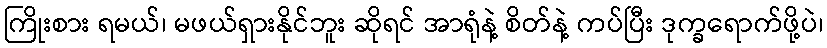
ကြိုးစား ရမယ်၊ မဖယ်ရှားနိုင်ဘူး ဆိုရင် အာရုံနဲ့ စိတ်နဲ့ ကပ်ပြီး ဒုက္ခရောက်ဖို့ပဲ၊